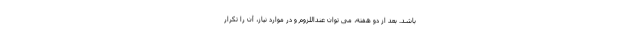
باشد. بعد از دو هفته، می توان عنداللزوم و در موارد نیاز، آن را تکرار